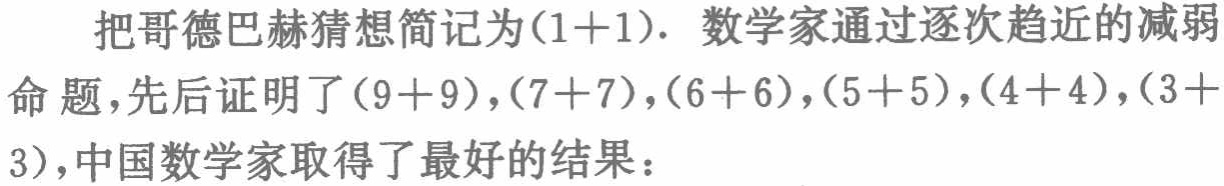
把哥德巴赫猜想简记为(1+1). 数学家通过逐次趋近的减弱命题,先后证明了(9+9),(7+7),(6+6),(5+5),(4+4),(3+3),中国数学家取得了最好的结果：